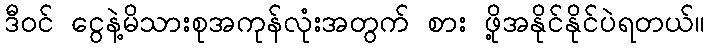
ဒီဝင် ငွေနဲ့မိသားစုအကုန်လုံးအတွက် စား ဖို့အနိုင်နိုင်ပဲရတယ်။